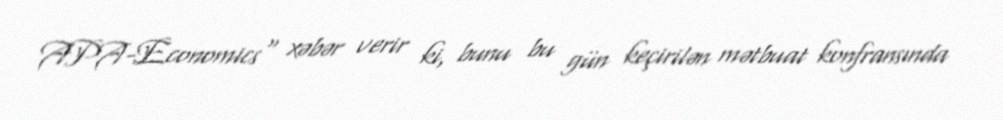
APA-Economics" xəbər verir ki, bunu bu gün keçirilən mətbuat konfransında